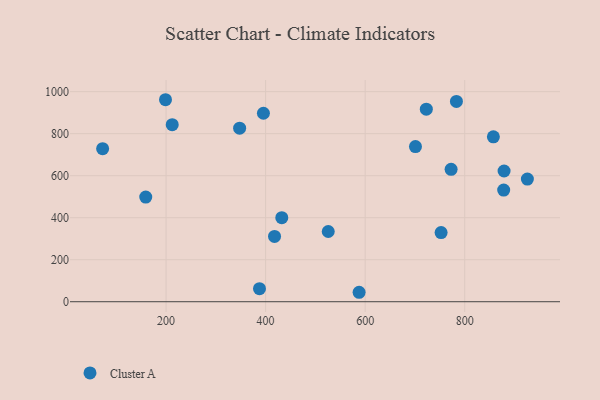
{"axis": {"x": "Engine Size", "y": "Salary"}, "legend": ["Cluster A"], "data": [{"x": "395.6", "y": 897.3, "type": "Cluster A"}, {"x": "198.9", "y": 961.6, "type": "Cluster A"}, {"x": "212.4", "y": 842.9, "type": "Cluster A"}, {"x": "925.8", "y": 583.9, "type": "Cluster A"}, {"x": "783.3", "y": 953.6, "type": "Cluster A"}, {"x": "752.5", "y": 329.3, "type": "Cluster A"}, {"x": "772.6", "y": 630.5, "type": "Cluster A"}, {"x": "525.8", "y": 334.2, "type": "Cluster A"}, {"x": "878.2", "y": 531.6, "type": "Cluster A"}, {"x": "879.0", "y": 622.3, "type": "Cluster A"}, {"x": "159.2", "y": 498.4, "type": "Cluster A"}, {"x": "347.8", "y": 826.3, "type": "Cluster A"}, {"x": "417.9", "y": 311.1, "type": "Cluster A"}, {"x": "72.6", "y": 728.4, "type": "Cluster A"}, {"x": "587.8", "y": 45.0, "type": "Cluster A"}, {"x": "387.7", "y": 61.9, "type": "Cluster A"}, {"x": "857.5", "y": 785.1, "type": "Cluster A"}, {"x": "701.0", "y": 738.7, "type": "Cluster A"}, {"x": "432.5", "y": 400.1, "type": "Cluster A"}, {"x": "722.8", "y": 916.5, "type": "Cluster A"}]}